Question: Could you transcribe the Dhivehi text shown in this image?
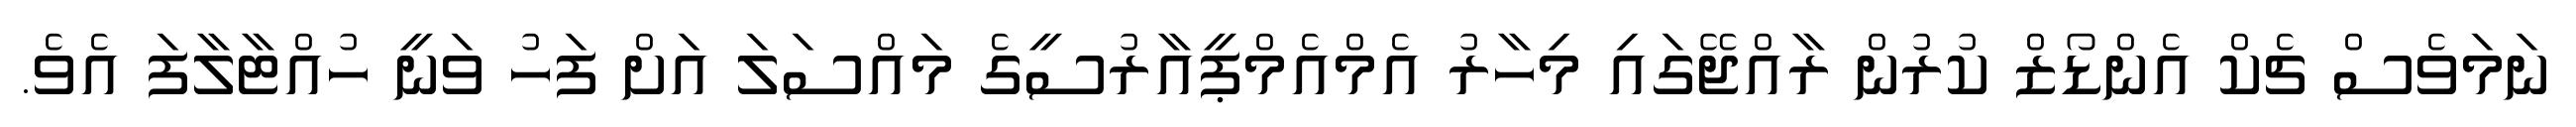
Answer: ނަމަވެސް ޗެކް އެންޑޯޒް ކުރުން ރާއްޖޭގައި މިހާރު އެމްއެމްޕީއާރުސީގެ މައްސަލަ އަށް ފަހު ވަނީ ހުއްޓާލާފަ އެވެ.